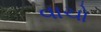
વાચો